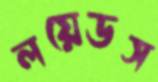
লয়েডস